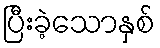
ပြီးခဲ့သောနှစ်